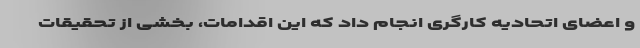
و اعضای اتحادیه کارگری انجام داد که این اقدامات، بخشی از تحقیقات